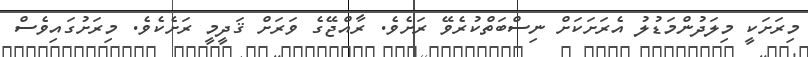
މިރަށަކީ މިލަދުންމަޑުލު އެރަށަކަށް ނިސްބަތްކުރެވޭ ރަށެވެ. ރާއްޖޭގެ ވަރަށް ޤަދީމީ ރަށެކެވެ. މިރަށުގައިވެސް